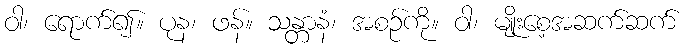
ဝါ၊ ရောက်၍။ ပုန၊ ဖန်။ သန္တာနံ၊ အစဉ်ကို။ ဝါ၊ မျိုးစေ့အဆက်ဆက်